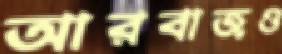
আরবাজও